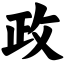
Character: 政